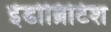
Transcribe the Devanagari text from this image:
इंडोब्रिटिश